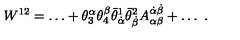
W ^ { 1 2 } = \ldots + \theta _ { 3 } ^ { \alpha } \theta _ { 4 } ^ { \beta } \bar { \theta } _ { \dot { \alpha } } ^ { 1 } \bar { \theta } _ { \dot { \beta } } ^ { 2 } A _ { \alpha \beta } ^ { \dot { \alpha } \dot { \beta } } + \ldots \ .